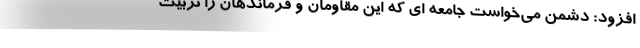
افزود: دشمن می‌خواست جامعه ای که این مقاومان و فرماندهان را تربیت